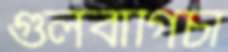
গুলবাগিচা